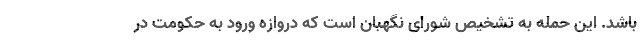
باشد. این حمله به تشخیص شورای نگهبان است که دروازه ورود به حکومت در